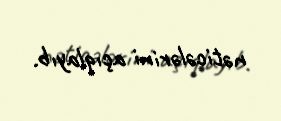
nəticələrini açıqlayıb.